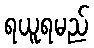
ရယူရမည်